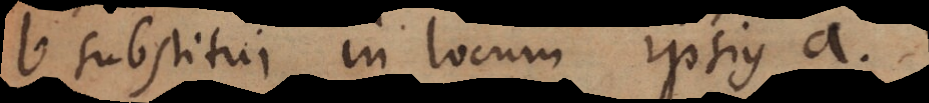
b substitui in locum ipsius a.